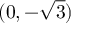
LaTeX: ( 0 , - { \sqrt { 3 } } )